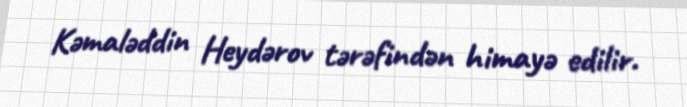
Kəmaləddin Heydərov tərəfindən himayə edilir.